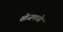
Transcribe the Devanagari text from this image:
शोजमध्ये